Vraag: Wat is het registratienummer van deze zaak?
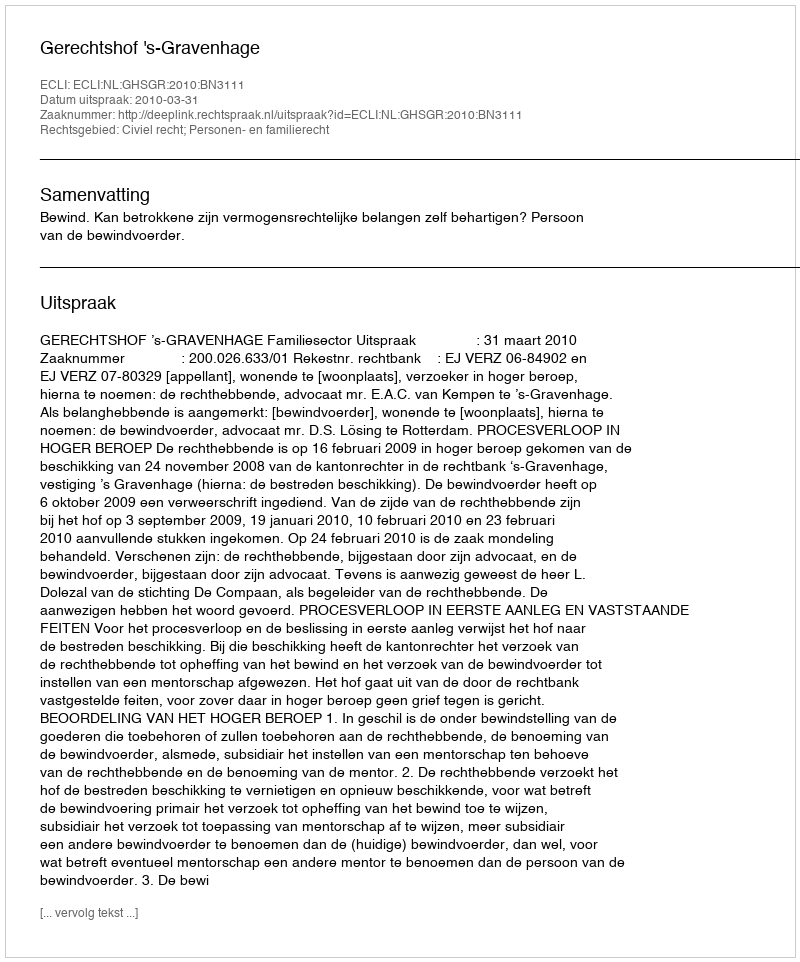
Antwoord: http://deeplink.rechtspraak.nl/uitspraak?id=ECLI:NL:GHSGR:2010:BN3111